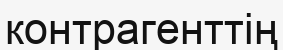
контрагенттің